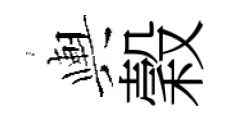
輿穀